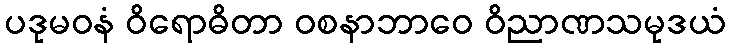
ပဒုမဝနံ ဝိရောဓိတာ ဝစနာဘာဝေ ဝိညာဏသမုဒယံ